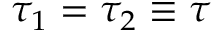
\tau _ { 1 } = \tau _ { 2 } \equiv \tau